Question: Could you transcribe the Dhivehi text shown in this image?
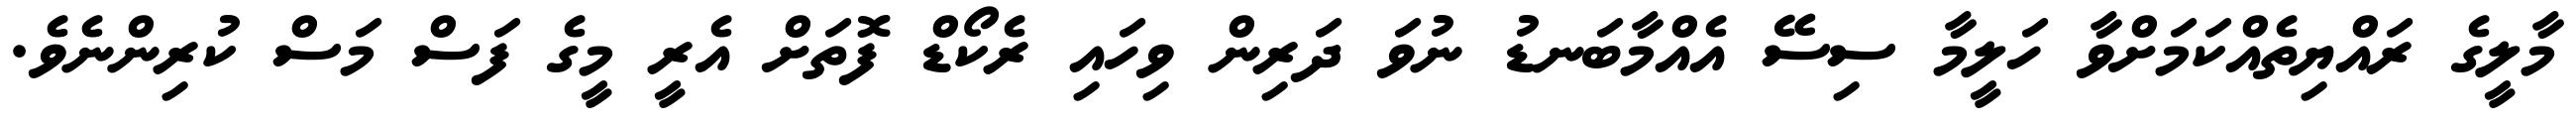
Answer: މާލީގެ ރައްޔިތެއްކަމަށްވާ ހަލީމާ ސިސޭ އެއްމާބަނޑު ނުވަ ދަރިން ވިހައި ރެކޯޑް ފޮތަށް އެރީ މީގެ ފަސް މަސް ކުރިންނެވެ.